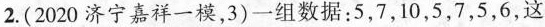
2.(2020济宁嘉祥一模，3)一组数据：5，7，10，5，7，5，6，这